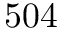
5 0 4